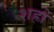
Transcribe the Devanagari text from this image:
शह्रो